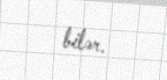
bilər.